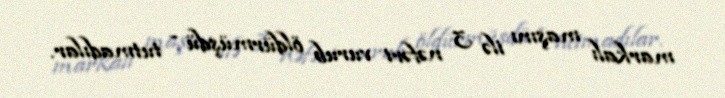
markalı maşını ilə 3 nəfəri vurub öldürmüşdü - tutmadılar.